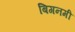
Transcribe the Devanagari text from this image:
बिगनमी